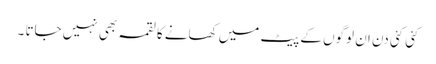
کئی کئی دن ان لوگوں کے پیٹ میں کھانے کا لقمہ بھی نہیں جاتا ۔